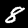
Label: 8